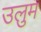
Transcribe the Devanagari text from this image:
उलुम